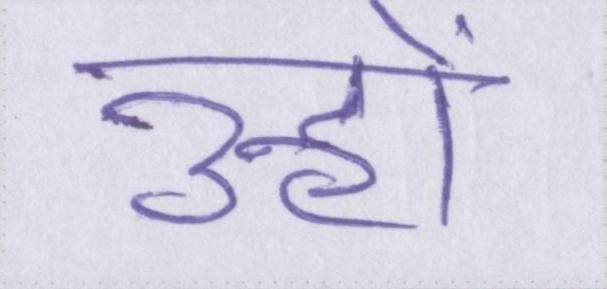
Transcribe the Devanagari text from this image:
उन्हों